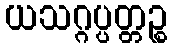
ယသဂ္ဂပ္ပတ္တဉ္စ